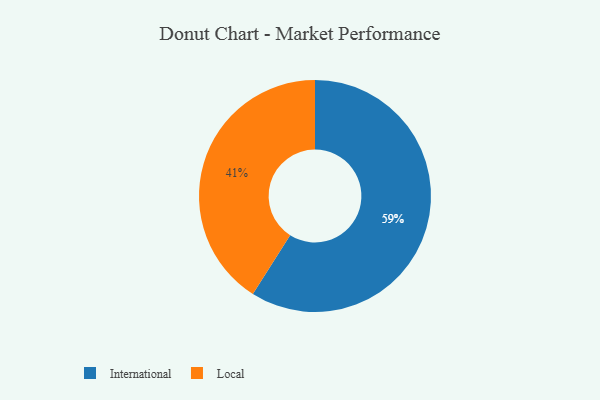
{"axis": {"x": "Category", "y": "Percentage"}, "legend": ["International", "Local"], "data": [{"x": "International", "y": 59, "type": "International"}, {"x": "Local", "y": 41, "type": "Local"}]}